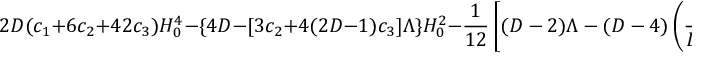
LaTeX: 2 D ( c _ { 1 } + 6 c _ { 2 } + 4 2 c _ { 3 } ) H _ { 0 } ^ { 4 } - \{ 4 D - [ 3 c _ { 2 } + 4 ( 2 D - 1 ) c _ { 3 } ] \Lambda \} H _ { 0 } ^ { 2 } - { \frac { 1 } { 1 2 } } \left[ ( D - 2 ) \Lambda - ( D - 4 ) \left( { \frac { 2 c _ { 1 } } { D ( D - 1 ) } } + { \frac { c _ { 2 } } { D } } + c _ { 3 } \right) \Lambda ^ { 2 } \right] = 0 .